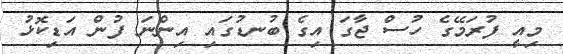
މިއީ ފުރަމޭގެ ހުސް ޖާގަ އިގެ ބުނޑުގައި އިންނަ ފުން އަޑިކޮޅު